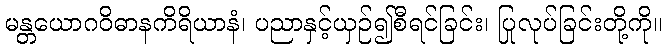
မန္တယောဂဝိဓာနကိရိယာနံ၊ ပညာနှင့်ယှဉ်၍စီရင်ခြင်း၊ ပြုလုပ်ခြင်းတို့ကို။